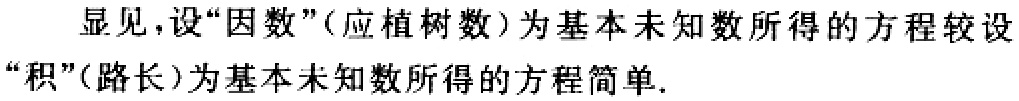
显见，设“因数”(应植树数)为基本未知数所得的方程较设“积”(路长)为基本未知数所得的方程简单.